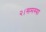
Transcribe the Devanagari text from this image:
२।समस्या